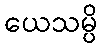
ယေသမ္ပိ